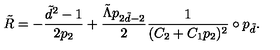
\tilde { R } = - \frac { \tilde { d } ^ { 2 } - 1 } { 2 p _ { 2 } } + \frac { \tilde { \Lambda } p _ { 2 \tilde { d } - 2 } } { 2 } \frac { 1 } { ( C _ { 2 } + C _ { 1 } p _ { 2 } ) ^ { 2 } } \circ p _ { \tilde { d } } .